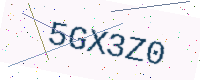
Text: 5GX3Z0